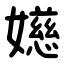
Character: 嬨